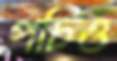
পচিও